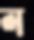
ল